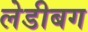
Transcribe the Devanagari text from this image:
लेडीबग